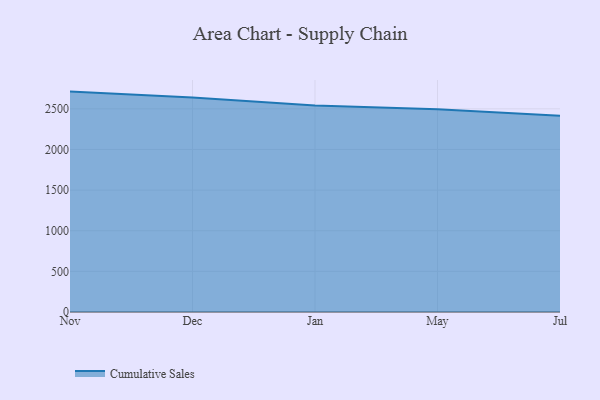
{"axis": {"x": "Month", "y": "Temperature (°C)"}, "legend": ["Cumulative Sales"], "data": [{"x": "Nov", "y": 2712.0, "type": "Cumulative Sales"}, {"x": "Dec", "y": 2640.4, "type": "Cumulative Sales"}, {"x": "Jan", "y": 2540.5, "type": "Cumulative Sales"}, {"x": "May", "y": 2496.0, "type": "Cumulative Sales"}, {"x": "Jul", "y": 2414.5, "type": "Cumulative Sales"}]}